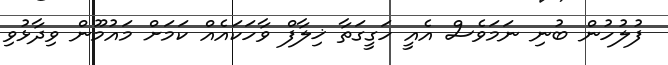
ފުލުހުން ބުނި ނަމަވެސް އެއީ ހަގީގަތާ ޚިލާފް ވާހަކައެއް ކަމަށް މައުމޫން ވިދާޅުވި